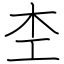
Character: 杢